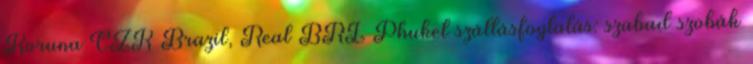
Koruna CZK Brazil, Real BRL Phuket szállásfoglalás: szabad szobák